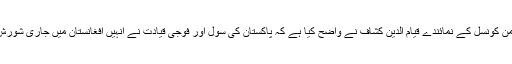
ڈوئچے ویلے کے ساتھ خصوصی گفتگو میں امن کونسل کے نمائندے قیام الدین کشاف نے واضح کیا ہے کہ پاکستان کی سول اور فوجی قیادت نے انہیں افغانستان میں جاری شورش میں خاتمے کے لئے تعاون کا یقین دلایا ہے۔